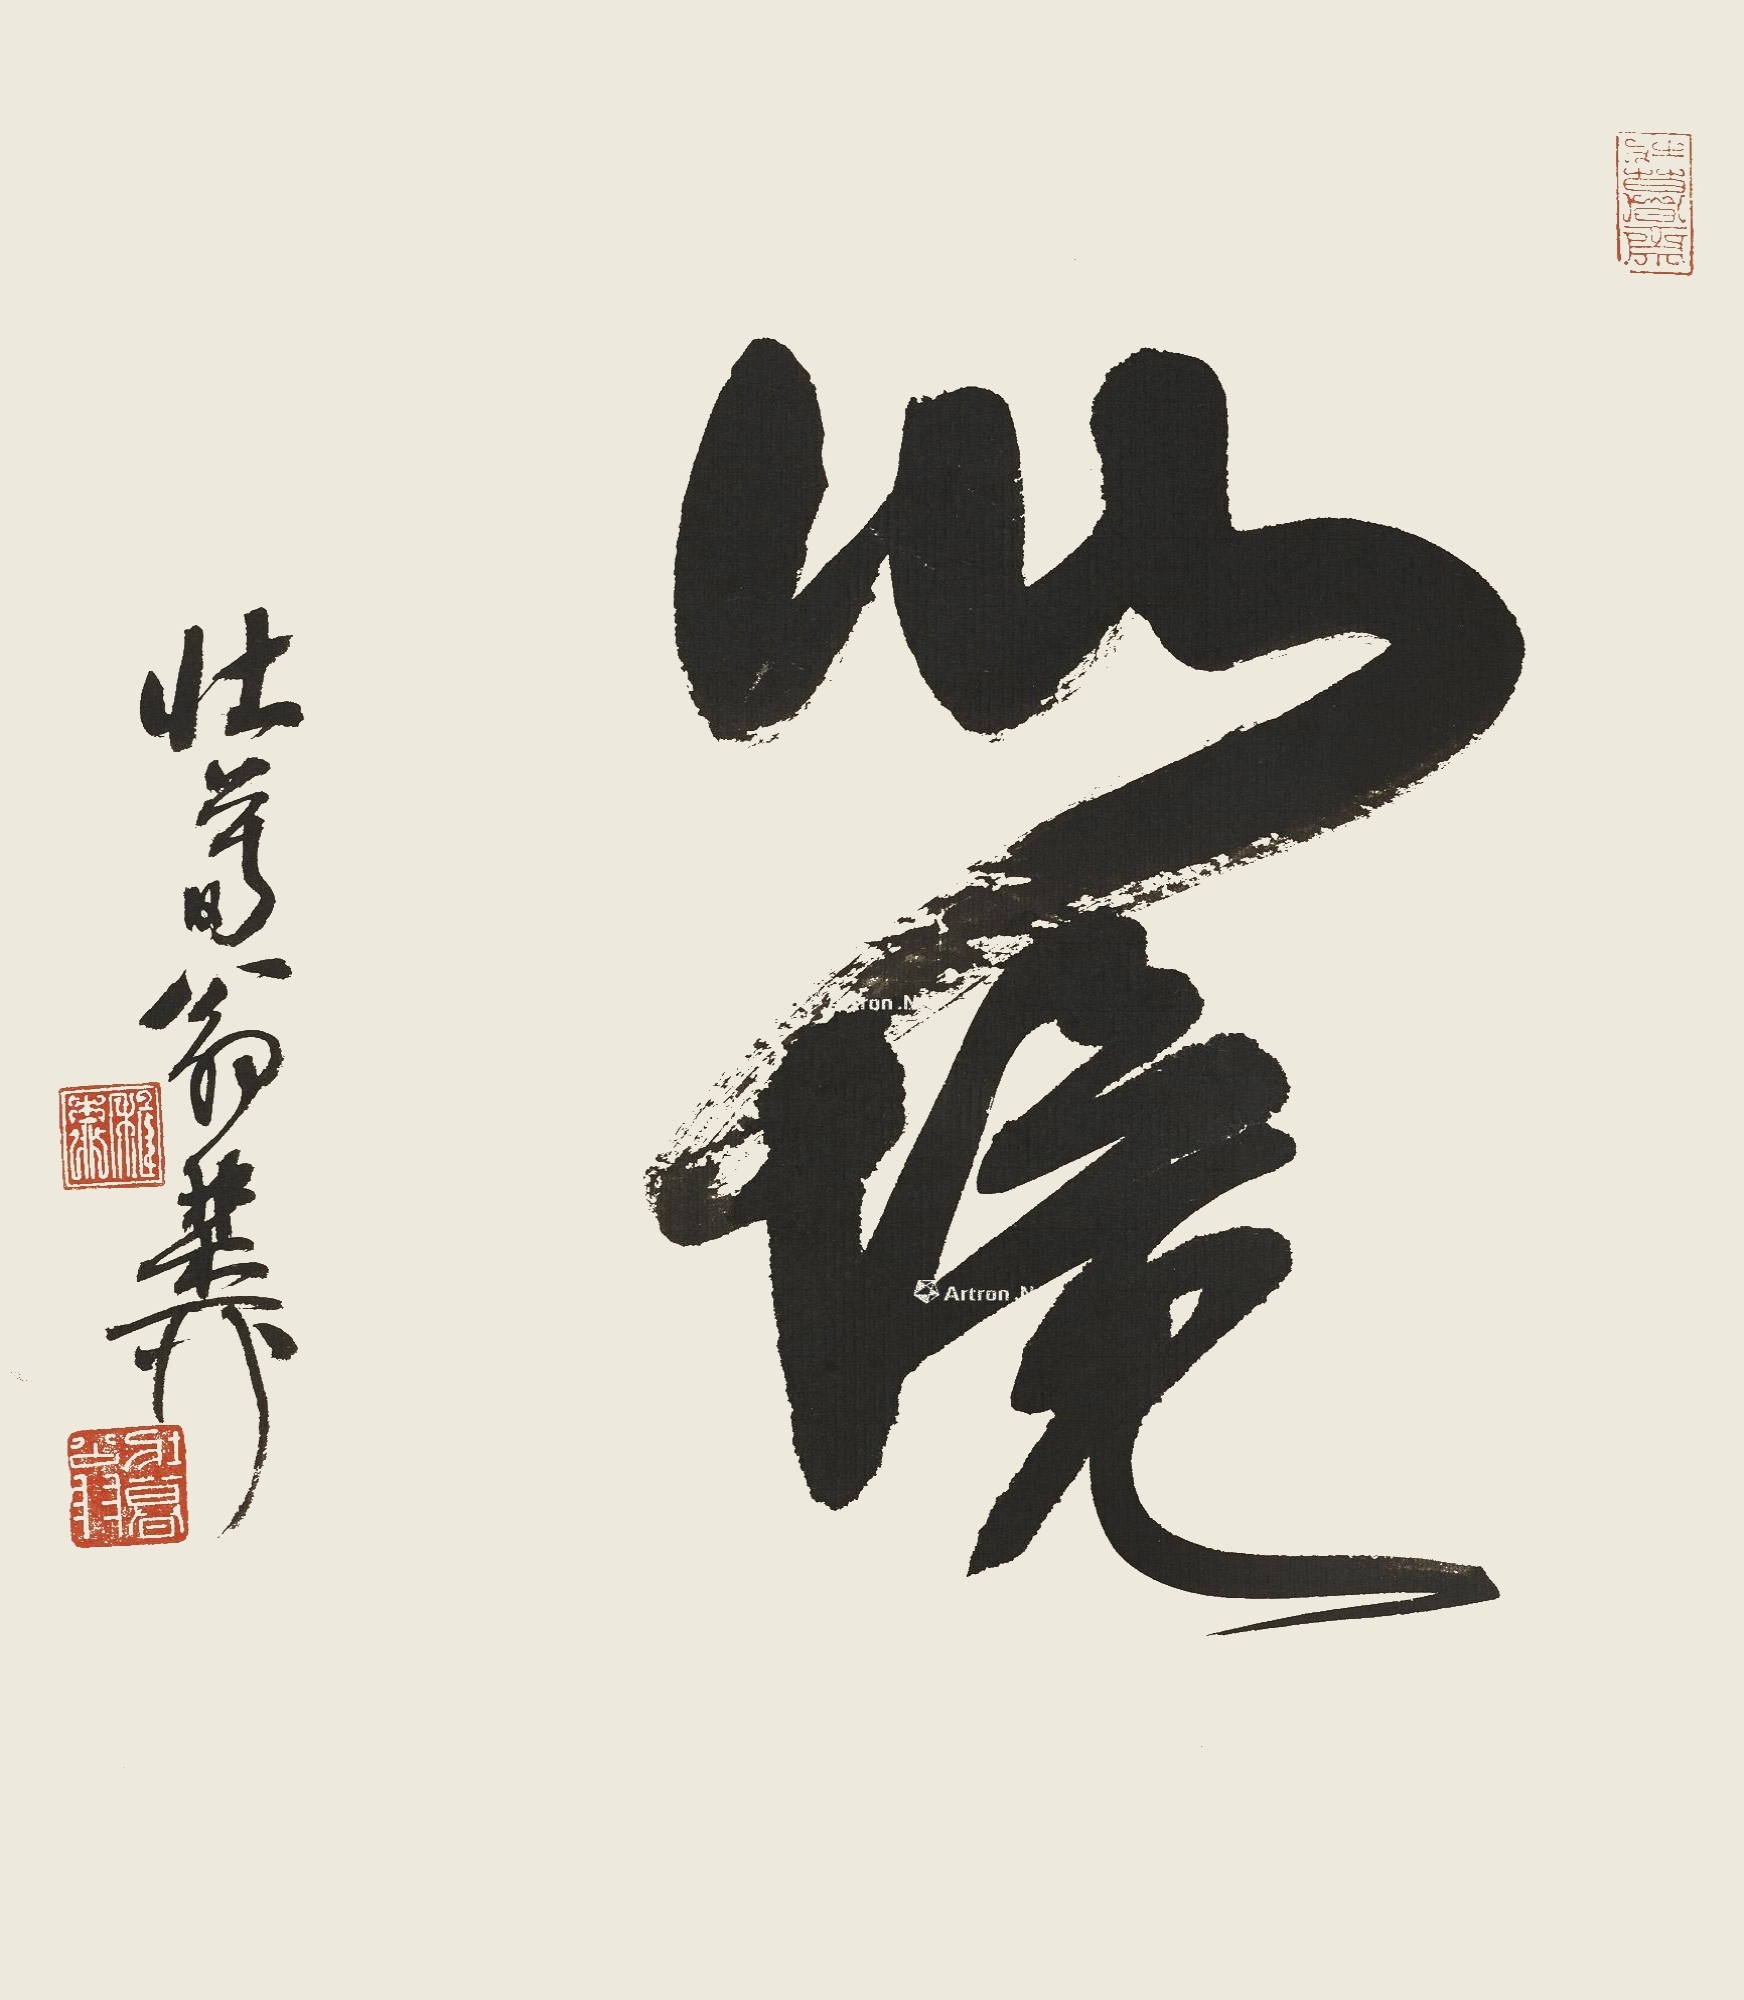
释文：心境壮暮翁稚柳。